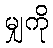
မျှကို